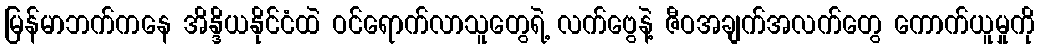
မြန်မာဘက်ကနေ အိန္ဒိယနိုင်ငံထဲ ဝင်ရောက်လာသူတွေရဲ့ လက်ဗွေနဲ့ ဇီဝအချက်အလက်တွေ ကောက်ယူမှုကို